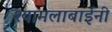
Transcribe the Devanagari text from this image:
श्यामलाबाईंनी